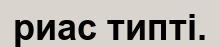
риас типті.